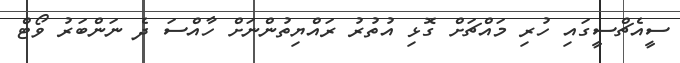
ސީއެޗްސީގައި ހުރި މައްޗަށް ގޮޅި އުތުރު ރައްޔިތުންނަށް ހާއްސަ ދެ ނަންބަރު ވޯޓް